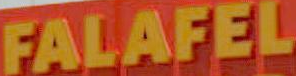
FALAFEL